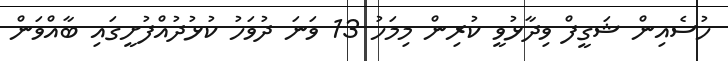
ހުސެއިން ޝަގީފް ވިދާޅުވީ ކުރިން މިމަހު 13 ވަނަ ދުވަހު ކުޅުދުއްފުށީގައި ބާއްވަން